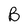
Character: B